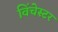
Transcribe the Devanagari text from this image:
विंचेस्‍टर